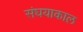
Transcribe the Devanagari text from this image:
संघयाकाल